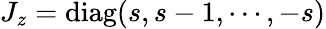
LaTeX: J_{z}=\textrm{diag}(s,s-1,\cdots,-s)